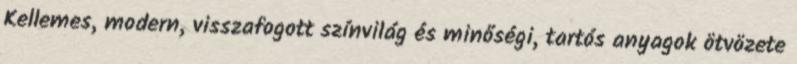
Kellemes, modern, visszafogott színvilág és minőségi, tartós anyagok ötvözete